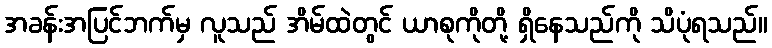
အခန်းအပြင်ဘက်မှ လူသည် အိမ်ထဲတွင် ယာစုကိုတို့ ရှိနေသည်ကို သိပုံရသည်။